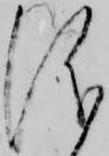
儀